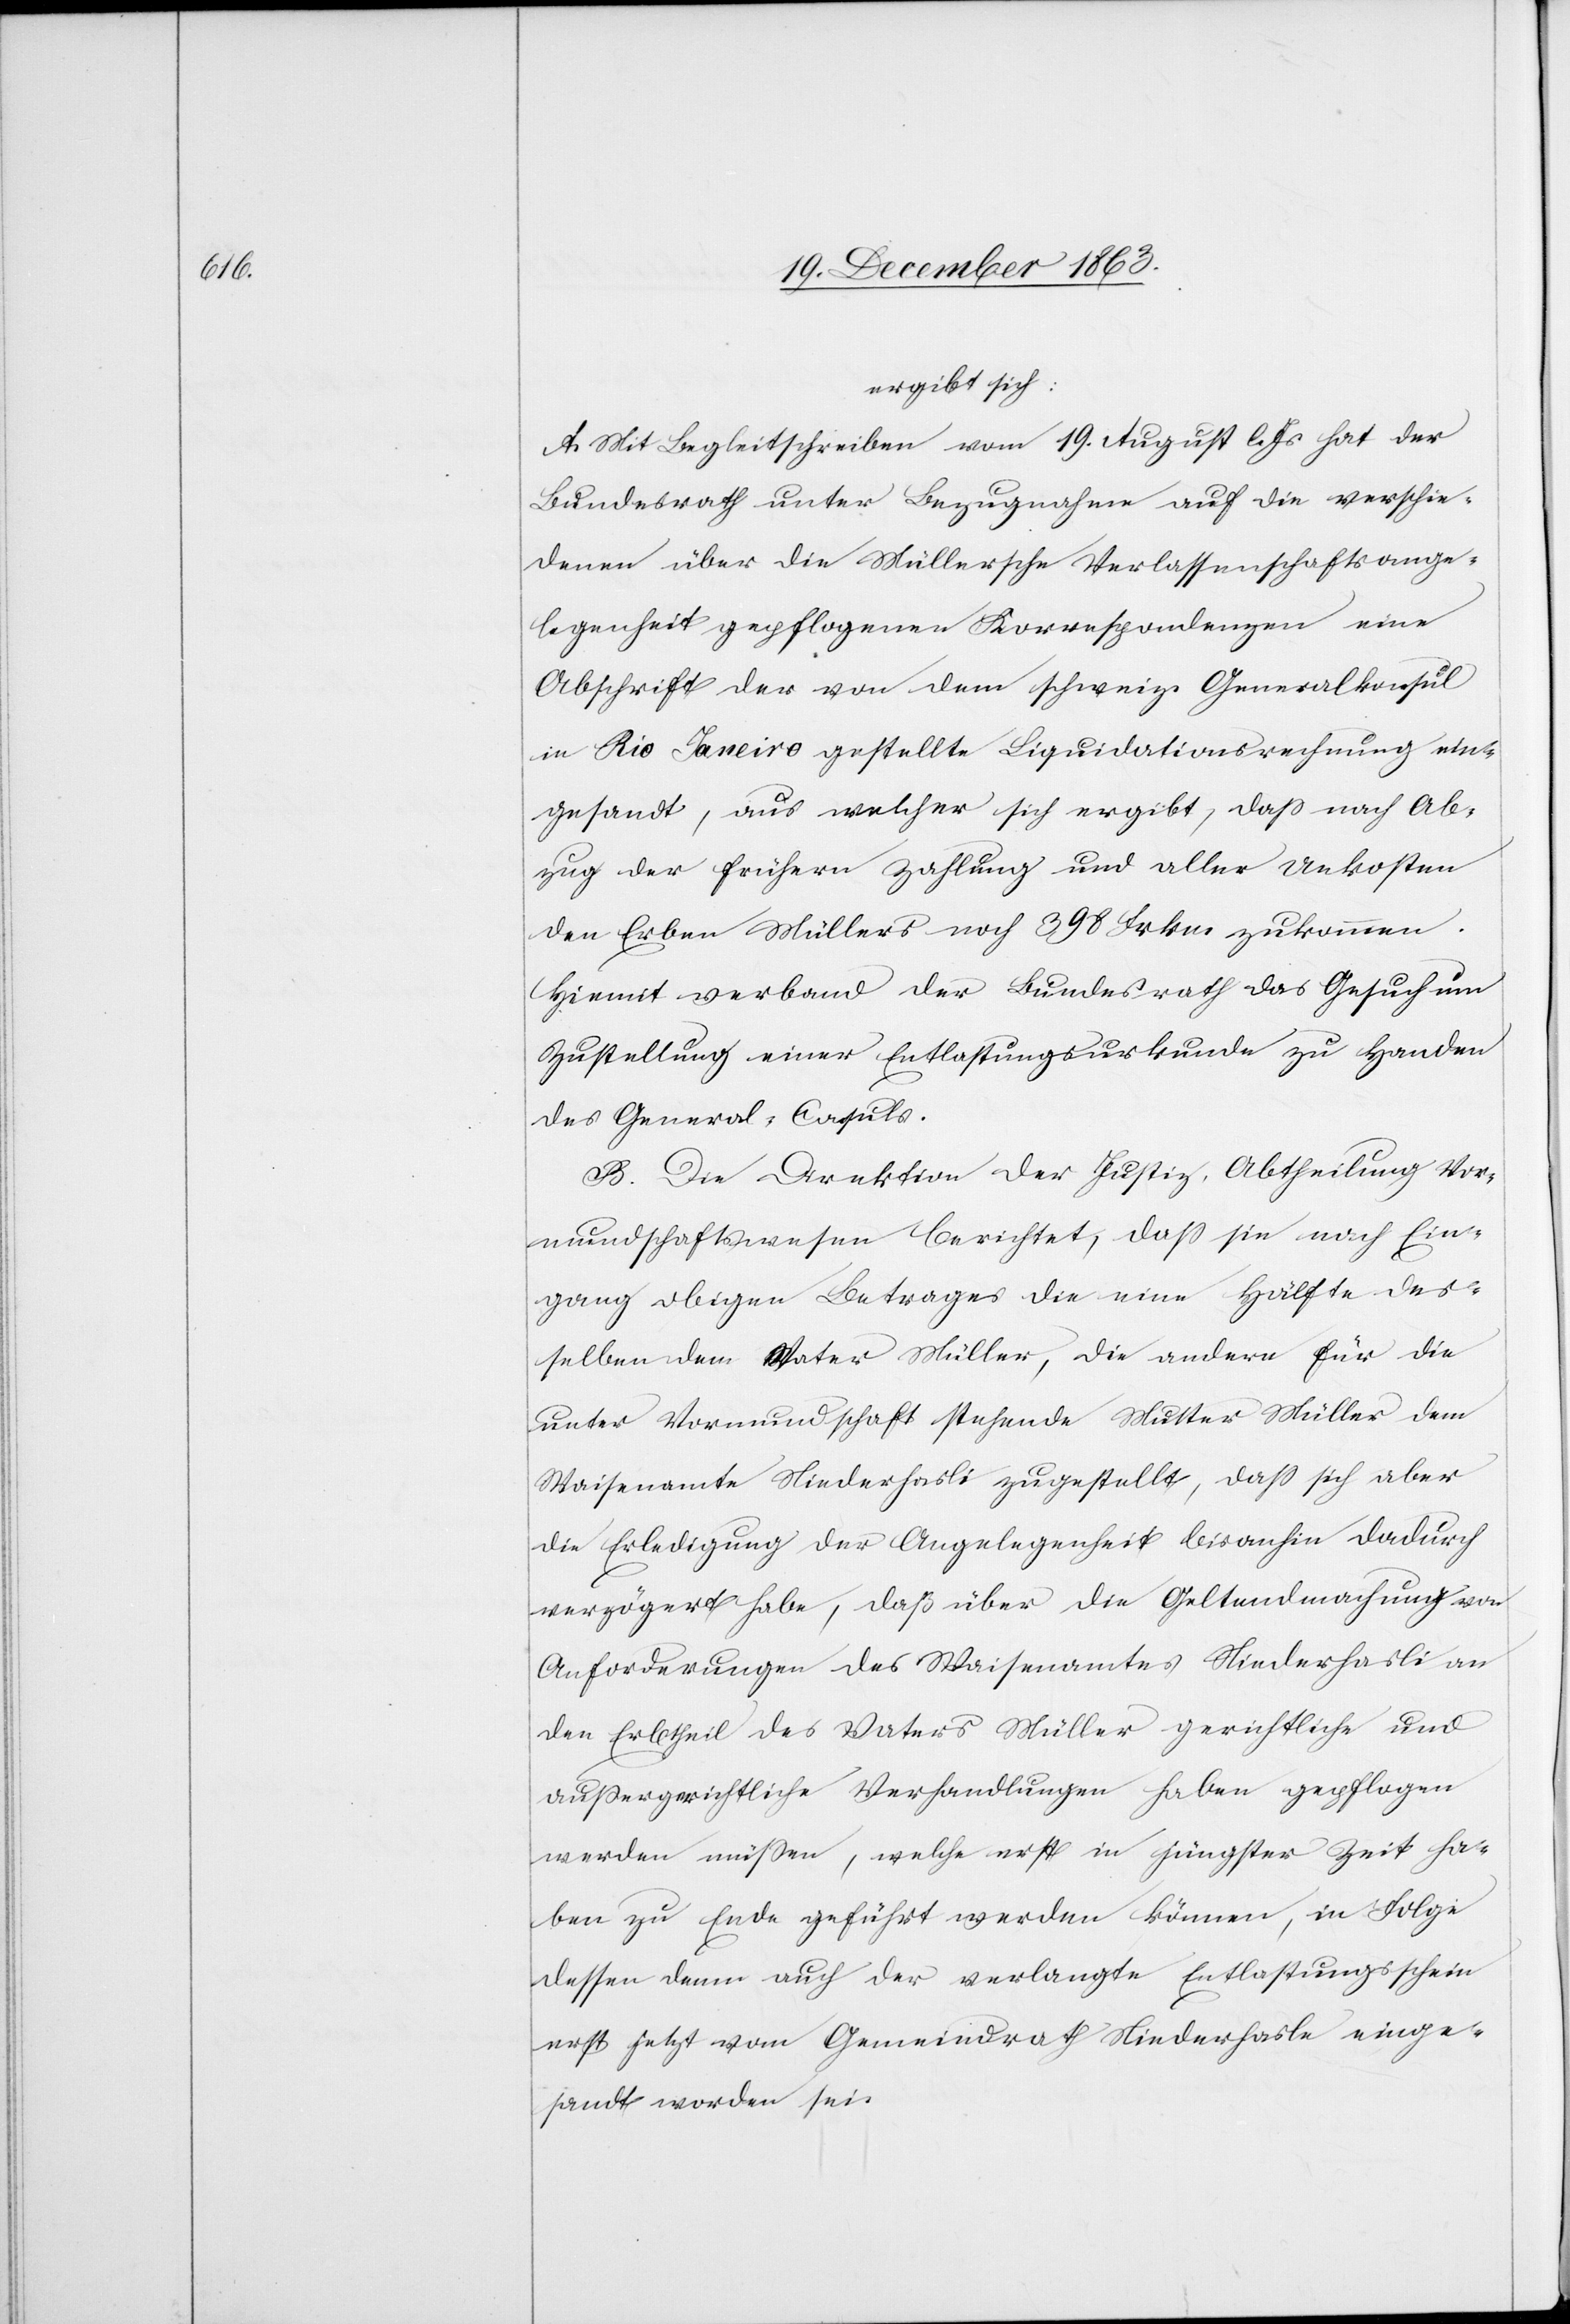
ergibt sich:
A. Mit Begleitschreiben vom 19. August l. Js. hat der
Bundesrath unter Bezugnahme auf die verschie¬
denen über die Müllersche Verlassenschaftsange¬
legenheit gepflogenen Korrespondenzen eine
Abschrift der von dem schweiz. Generalkonsul
in Rio Janeiro gestellte Liquidationsrechnung ein¬
gesandt, aus welcher sich ergibt, dass nach Ab¬
zug der frühern Zahlung und aller Unkosten
den Erben Müllers noch 398 Frkn. zukommen.
Hiemit verband der Bundesrath das Gesuch um
Zustellung einer Entlastungsurkunde zu Handen
des General-Consuls.
B. Die Direktion der Justiz, Abtheilung Vor¬
mundschaftswesen berichtet, dass sie nach Ein¬
gang obigen Betrages die eine Hälfte des¬
selben dem Vater Müller, die andere für die
unter Vormundschaft stehende Mutter Müller dem
Waisenamte Niederhasli zugestellt, dass sich aber
die Erledigung der Angelegenheit bisanhin dadurch
verzögert habe, daß über die Geltendmachung von
Anforderungen des Waisenamtes Niederhasli an
den Erbtheil des Vaters Müller gerichtliche und
aussergerichtliche Verhandlungen haben gepflogen
werden müssen, welche erst in jüngster Zeit ha¬
ben zu Ende geführt werden können, in Folge
dessen denn auch der verlangte Entlastungsschein
erst jetzt vom Gemeindrath Niederhasle einge¬
sandt worden sei.